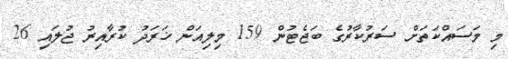
މި މަސައްކަތަށް ސަރުކާރުގެ ބަޖެޓުން 159 މިލިއަން ޚަރަދު ކުރާއިރު ޖުލައި 26